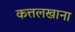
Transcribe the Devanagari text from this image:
कत्तलखाना